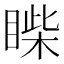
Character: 𥈐